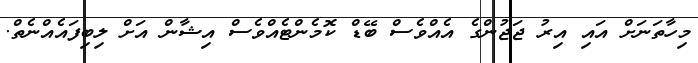
މިިހާތަނަށް އައި އިރު ޖަޖުންގެ އެއްވެސް ބޭޑް ކޮމެންޓެއްވެސް އިޝާން އަށް ލިބިފައެއްނެތް.